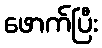
ဖောက်ပြီး